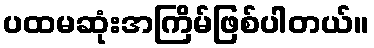
ပထမဆုံးအကြိမ်ဖြစ်ပါတယ်။